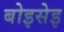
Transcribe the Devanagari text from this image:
बोइसेइ